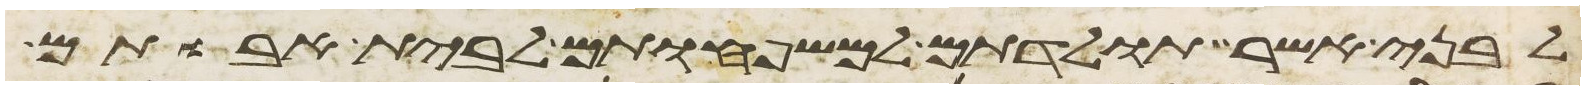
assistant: לבני אשר תולדתם למשפחותם לבית אבותם